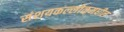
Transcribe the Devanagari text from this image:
संशयकल्लोळमधील